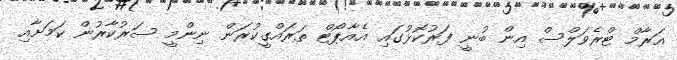
އަރާމް ޓްރެވަލްސް އިން ބުނީ ފަރުކޮޅުގައި އެއާޕޯޓް ތަރައްގީކުރަން ނިންމީ ސަރުކާރުން ކަމަށާއި